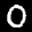
Label: 0